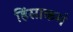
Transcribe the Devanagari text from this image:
हिंसाकर्म